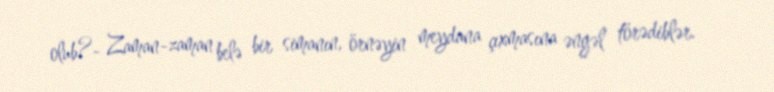
olub?- Zaman-zaman belə bir simanın, örnəyin meydana çıxmasına əngəl törədiblər.